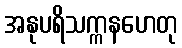
အနုပရိသက္ကနဟေတု